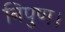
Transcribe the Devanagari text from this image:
निपुण।